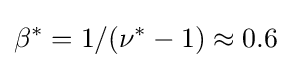
\beta ^{*}=1/(\nu ^{*}-1)\approx 0.6